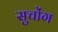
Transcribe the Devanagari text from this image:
सुचोंग